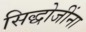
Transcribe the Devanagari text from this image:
सिद्धोजींना